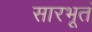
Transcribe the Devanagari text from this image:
सारभूतं